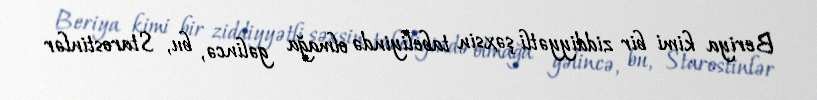
Beriya kimi bir ziddiyyətli şəxsin tabeliyində olmağa gəlincə, bu, Starostinlər